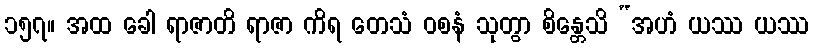
၁၅၇။ အထ ခေါ ရာဇာတိ ရာဇာ ကိရ တေသံ ဝစနံ သုတွာ စိန္တေသိ “အဟံ ယဿ ယဿ